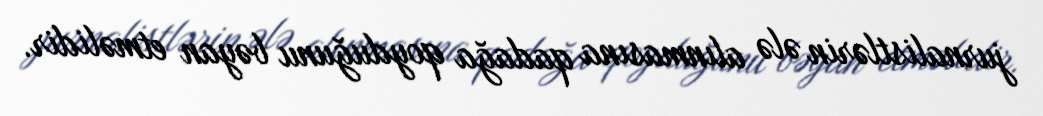
jurnalistlərin ələ alınmasına qadağa qoyduğunu bəyan etməlidir.